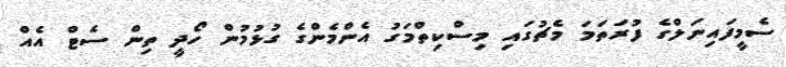
ސެމީފައިނަލްގެ ފުރަތަމަ މެޗުގައި މިސްކިތްމަގު އެންމެންގެ ގުޅުމުން ހޯދީ ތިން ސެޓް އެއް